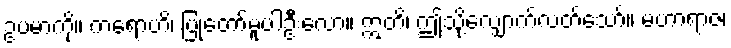
ဥပမာကို။ ကရောဟိ၊ ပြုတော်မူပါဦးလော။ ဣတိ၊ ဤသို့လျှောက်လတ်သော်။ မဟာရာဇ၊